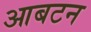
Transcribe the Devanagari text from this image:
आबटन